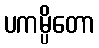
ပကမ္ပိတော